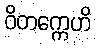
ဝိတက္ကေဟိ